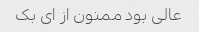
عالی بود ممنون از ای بک